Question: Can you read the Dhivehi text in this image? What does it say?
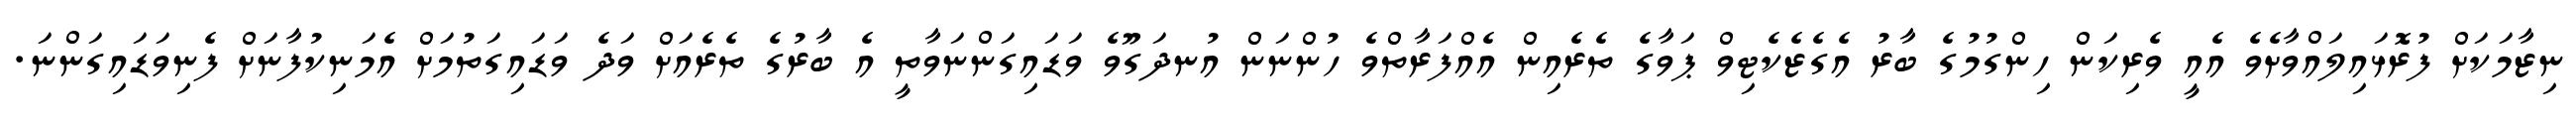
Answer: ނިޒާމަކަށް ފުރޮޅައިލައްވާށެވެ އެއީ ވެރިކަން ހިންގުމުގެ ބާރު އެގެޒެކެޓިވް ޕަވާގެ ތެރެއިން އެއްފަރާތްވެ ހުންނަން އުނދަގޫވެ ވަޑައިގަންނަވާތީ އެ ބާރުގެ ތެރެއަށް ވަދެ ވަޑައިގަތުމަށް އެމަނިކުފާނަށް ފެނިވަޑައިގަންނަ.